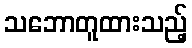
သဘောတူထားသည့်